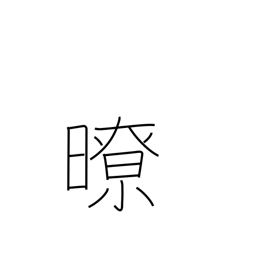
Meaning: clear